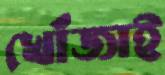
খোঁজাই